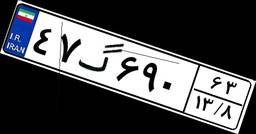
۴۷گ۶۹۰۶۳